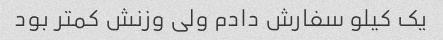
یک کیلو سفارش دادم ولی وزنش کمتر بود